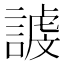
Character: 𮘭